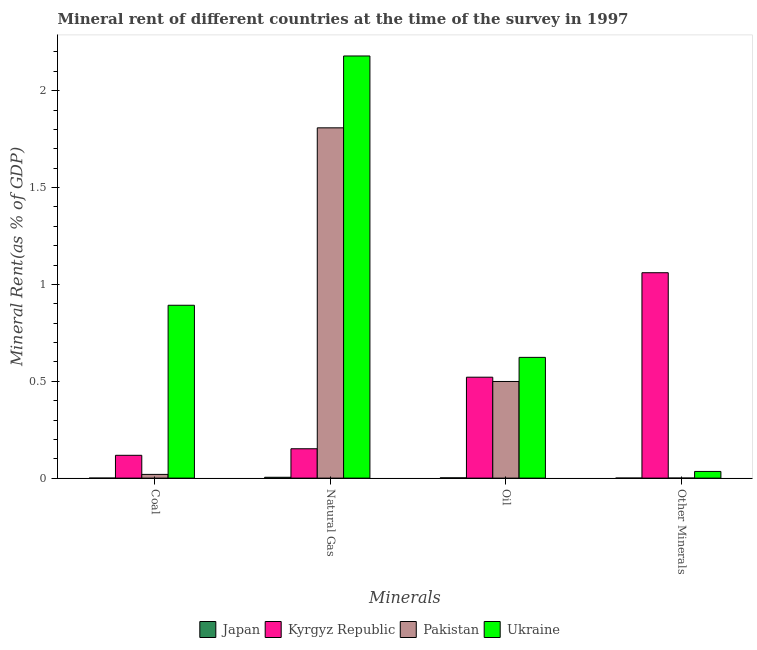
| Minerals | Japan | Kyrgyz Republic | Pakistan | Ukraine |
 | --- | --- | --- | --- | --- |
 | Coal | 3.73e-07 | 0.118 | 0.0192 | 0.892 |
 | Natural Gas | 0.00439 | 0.152 | 1.81 | 2.18 |
 | Oil | 0.00134 | 0.521 | 0.499 | 0.623 |
 | Other Minerals | 4.86e-05 | 1.06 | 0.000119 | 0.0345 |